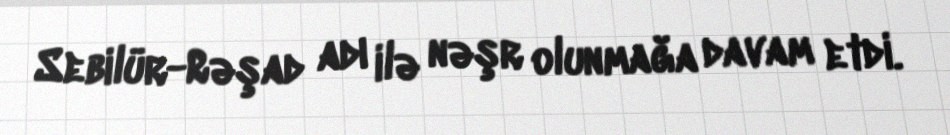
Sebilür-Rəşad adı ilə nəşr olunmağa davam etdi.